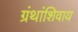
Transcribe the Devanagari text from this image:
ग्रंथांशिवाय